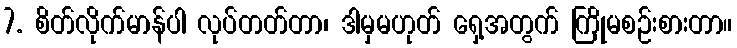
7. စိတ်လိုက်မာန်ပါ လုပ်တတ်တာ၊ ဒါမှမဟုတ် ရှေ့အတွက် ကြိုမစဉ်းစားတာ။